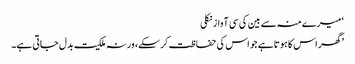
‘ میرے منہ سے بین کی سی آواز نکلی
’گھر اس کا ہوتا ہے جو اس کی حفاظت کر سکے، ورنہ ملکیت بدل جاتی ہے۔